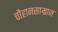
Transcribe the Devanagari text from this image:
चौहानसाम्राज